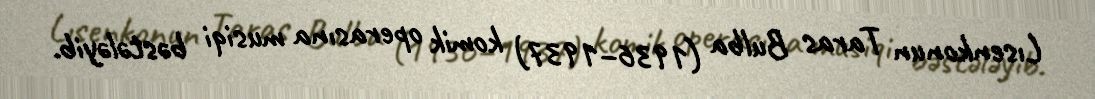
Lısenkonun Taras Bulba (1936–1937) komik operasına musiqi bəstələyib.